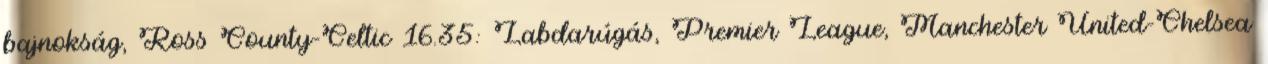
bajnokság, Ross County-Celtic 16.35: Labdarúgás, Premier League, Manchester United-Chelsea